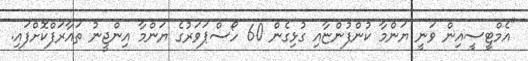
"އެމްޓީސީއިން ވަނީ ޔަންމާ ކުންފުންޏާއި ގުޅިގެން 60 ހޯސްޕަވަރުގެ ޔަންމާ އިންޖީނު ތައާރަފްކޮށްފައި.